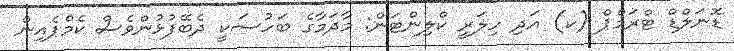
ޑޮނަލްޑް ޓްރަމްޕް (ކ) އަދި ހިލަރީ ކްލިންޓަން: މާދަމާގެ ބަހުސަކީ ދެބޭފުޅުންވެސް ކެމްޕެއިން